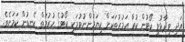
އަދި ވިދާޅުވީ ކޯޓުން ކުރާ އަމުރުތަކަށް ކިޔަމަންނުވުމަކީ ކޯޓުގެ ހުރުމަތް ކެނޑުން ކަމަށެވެ.